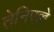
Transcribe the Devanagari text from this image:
तेनिएल्ले